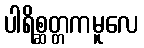
ပါရိစ္ဆတ္တကမူလေ